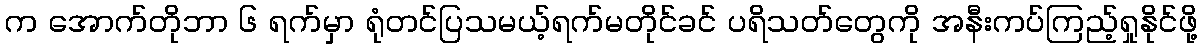
က အောက်တိုဘာ ၆ ရက်မှာ ရုံတင်ပြသမယ့်ရက်မတိုင်ခင် ပရိသတ်တွေကို အနီးကပ်ကြည့်ရှုနိုင်ဖို့